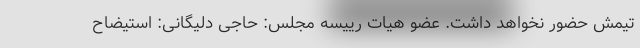
تیمش حضور نخواهد داشت. عضو هیات رییسه مجلس: حاجی دلیگانی: استیضاح